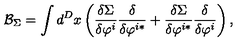
\mathcal { B } _ { \Sigma } = \int d ^ { D } x \left( \frac { \delta \Sigma } { \delta \varphi ^ { i } } \frac \delta { \delta \varphi ^ { i * } } + \frac { \delta \Sigma } { \delta \varphi ^ { i * } } \frac \delta { \delta \varphi ^ { i } } \right) ,